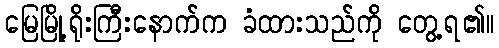
မြေမြို့ရိုးကြီးနောက်က ခံထားသည်ကို တွေ့ရ၏။